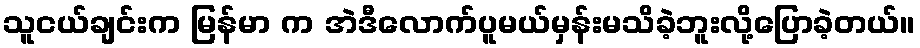
သူငယ်ချင်းက မြန်မာ က အဲဒီလောက်ပူမယ်မှန်းမသိခဲ့ဘူးလို့ပြောခဲ့တယ်။